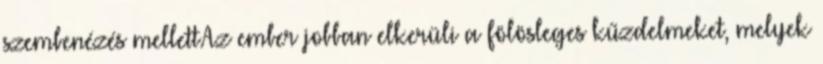
szembenézés mellett.Az ember jobban elkerüli a fölösleges kűzdelmeket, melyek